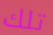
تلك